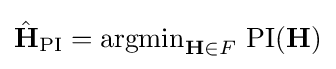
{\hat {\mathbf {H} }}_{\operatorname {PI} }=\operatorname {argmin} _{\mathbf {H} \in F}\,\operatorname {PI} (\mathbf {H} )